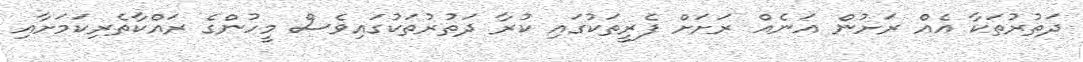
ދަތުރުތަކާ އެއް ރަށުން އަނެއް ރަށަށް ފެރީތަކުގައި ކުރާ ދަތުރުތަކުގައިވެސް މީހުންގެ ރައްކާތެރިކަމަށާއި